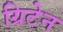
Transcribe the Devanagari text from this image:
ग्रिटेन